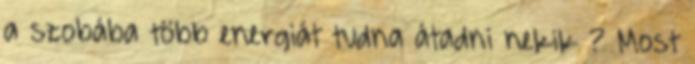
a szobába több energiát tudna átadni nekik ? Most